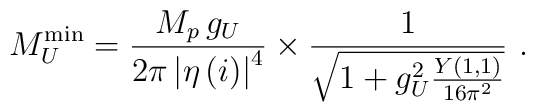
M_U^{\scriptstyle\rm min} = \frac{M_p\, g_U}{{2\pi}\left|\eta\left(i\right)\right|^4}\times\frac{1}{\sqrt{1 + g_U^2\frac{Y(1,1)}{16\pi^2}}}\ .